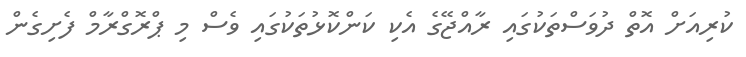
ކުރިއަށް އޮތް ދުވަސްތަކުގައި ރާއްޖޭގެ އެކި ކަންކޮޅުތަކުގައި ވެސް މި ޕްރޮގްރާމް ފެށިގެން